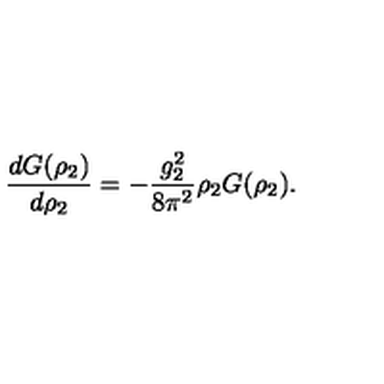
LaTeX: \frac { d G ( \rho _ { 2 } ) } { d \rho _ { 2 } } = - \frac { g _ { 2 } ^ { 2 } } { 8 \pi ^ { 2 } } \rho _ { 2 } G ( \rho _ { 2 } ) .